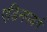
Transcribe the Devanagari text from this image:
एडिनगबर्ग